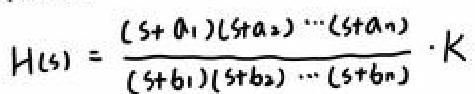
\[ H(s)=\frac{(s + a_1)(s + a_2)\cdots(s + a_n)}{(s + b_1)(s + b_2)\cdots(s + b_n)}\cdot K \]